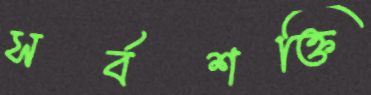
সর্বশক্তি